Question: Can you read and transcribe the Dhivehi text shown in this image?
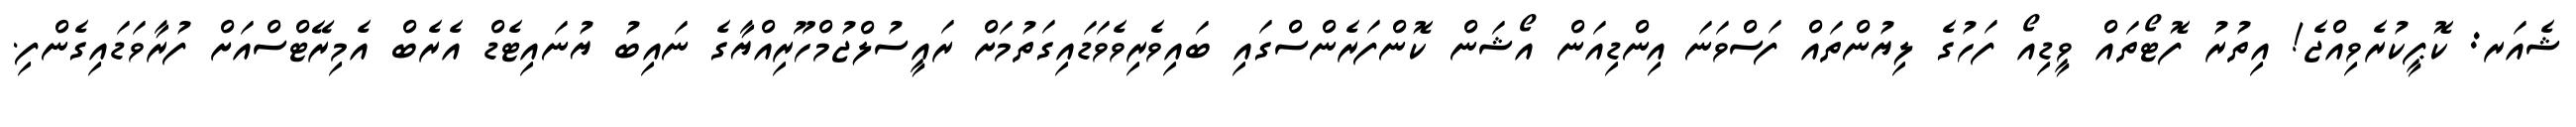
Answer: ޝެއަރ: ކޮޕީކުރެވިއްޖެ! އިތުރު ފޮޓޯތައް ވީޑިއޯ ފަހުގެ ލިޔުންތައް ފަސްވަނަ އިންޑިއަން އޯޝަން ކޮންފަރެންސްގައި ބައިވެރިވެވަޑައިގަތުމަށް ރައީސުލްޖުމްހޫރިއްޔާގެ ނައިބު ޔުނައިޓެޑް އެރެބް އެމިރޭޓްސްއަށް ފުރާވަޑައިގެންފި.